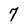
Character: 7